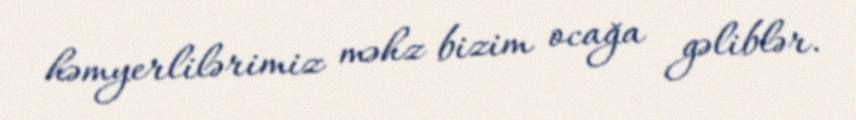
həmyerlilərimiz məhz bizim ocağa gəliblər.